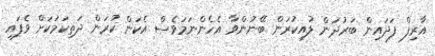
އާރިފް ފަދައިން ބަރުދަން ލުއިކުރަން ބޭނުންވާ އެހެންނަމަވެސް އެކަން ކުރަން ދަތިކަމަކަށް ވެފައި